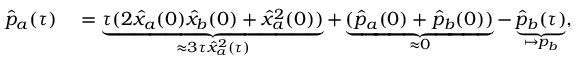
\begin{array} { r l } { \hat { p } _ { a } ( \tau ) } & { { } = \underbrace { \tau ( 2 \hat { x } _ { a } ( 0 ) \hat { x } _ { b } ( 0 ) + \hat { x } _ { a } ^ { 2 } ( 0 ) ) } _ { \approx 3 \tau \hat { x } _ { a } ^ { 2 } ( \tau ) } + \underbrace { ( \hat { p } _ { a } ( 0 ) + \hat { p } _ { b } ( 0 ) ) } _ { \approx 0 } - \underbrace { \hat { p } _ { b } ( \tau ) } _ { \mapsto p _ { b } } , } \end{array}